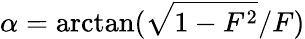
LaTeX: \alpha=\arctan(\sqrt{1-F^{2}}/F)